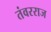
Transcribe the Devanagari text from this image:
तंवरराज